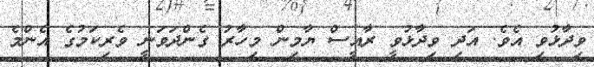
ވިދާޅުވި އެވެ. އަދި ވިދާޅުވީ ރާއީސް ޔާމިން މިހާރު ގެންދަވަނީ ވެރިކަމުގެ އެންމެ